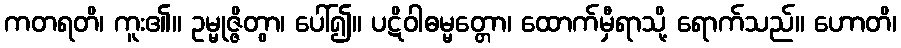
ကတရတိ၊ ကူး၏။ ဥမ္မုဇ္ဇိတွာ၊ ပေါ်၍။ ပဋိဝါဓမ္မတ္တော၊ ထောက်မှီရာသို့ ရောက်သည်။ ဟောတိ၊